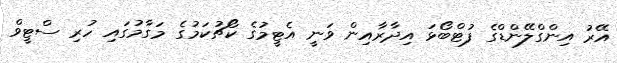
އޭރު އިންގްލޭންޑްގެ ފުޓްބޯޅަ އިދާރާއިން ވަނީ އެޓީމުގެ ކޯޗުކަމުގެ މަގާމުގައި ހުރި ސްޓީވް